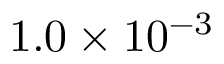
1 . 0 \times 1 0 ^ { - 3 }